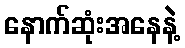
နောက်ဆုံးအနေနဲ့